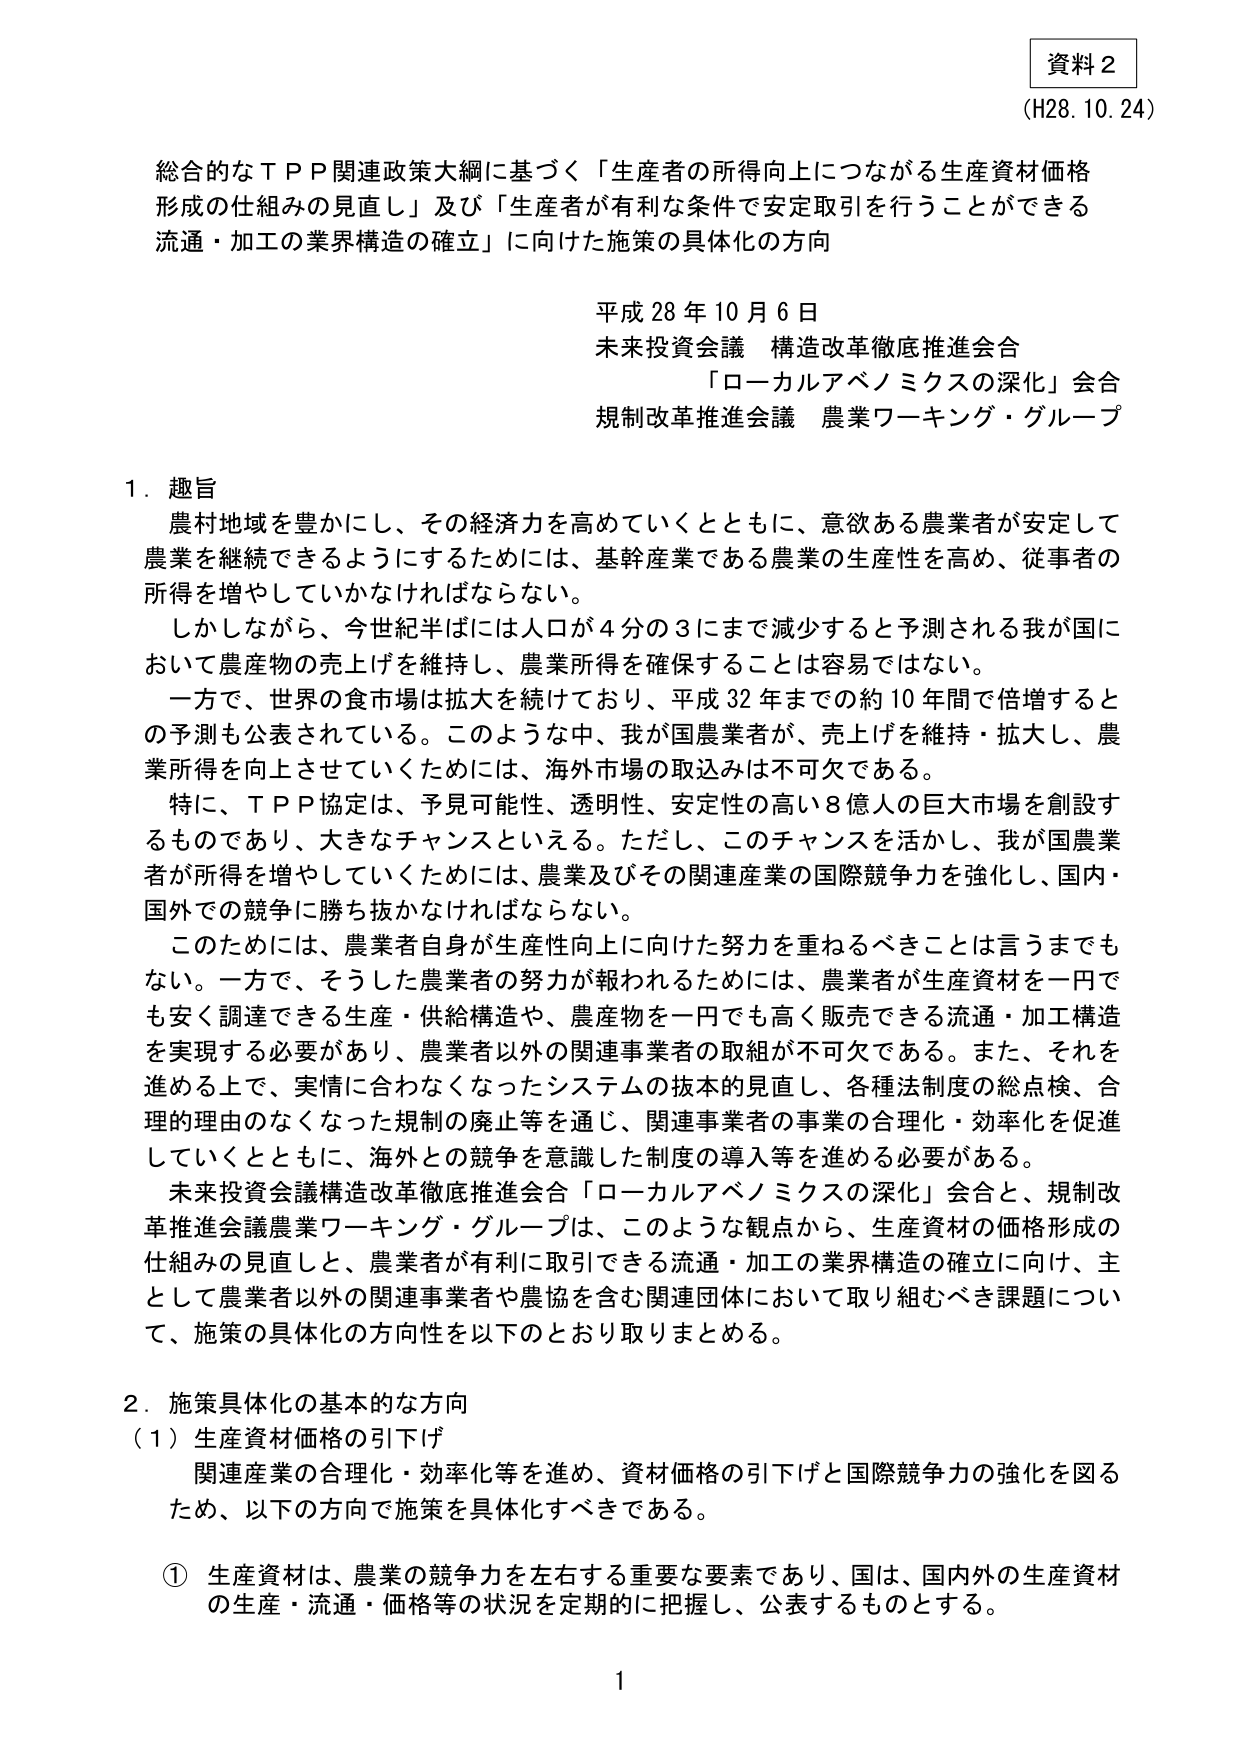
資料２
（H28.10.24）

総合的なＴＰＰ関連政策大綱に基づく「生産者の所得向上につながる生産資材価格形成の仕組みの見直し」及び「生産者が有利な条件で安定取引を行うことができる流通・加工の業界構造の確立」に向けた施策の具体化の方向

平成28年10月6日
未来投資会議 構造改革徹底推進会合
「ローカルアベノミクスの深化」会合
規制改革推進会議 農業ワーキング・グループ

１．趣旨
農村地域を豊かにし、その経済力を高めていくとともに、意欲ある農業者が安定して農業を継続できるようにするためには、基幹産業である農業の生産性を高め、従事者の所得を増やしていかなければならない。
しかしながら、今世紀半ばには人口が4分の3にまで減少すると予測される我が国において農産物の売上げを維持し、農業所得を確保することは容易ではない。
一方で、世界の食市場は拡大を続けており、平成32年までの約10年間で倍増するとの予測も公表されている。このような中、我が国農業者が、売上げを維持・拡大し、農業所得を向上させていくためには、海外市場の取込みは不可欠である。
特に、ＴＰＰ協定は、予見可能性、透明性、安定性の高い8億人の巨大市場を創設するものであり、大きなチャンスといえる。ただし、このチャンスを活かし、我が国農業者が所得を増やしていくためには、農業及びその関連産業の国際競争力を強化し、国内・国外での競争に勝ち抜かなければならない。
このためには、農業者自身が生産性向上に向けた努力を重ねるべきことは言うまでもない。一方で、そうした農業者の努力が報われるためには、農業者が生産資材を一円でも安く調達できる生産・供給構造や、農産物を一円でも高く販売できる流通・加工構造を実現する必要があり、農業者以外の関連事業者の取組が不可欠である。また、それを進める上で、実情に合わなくなったシステムの抜本的見直し、各種法制度の総点検、合理的理由のなくなった規制の廃止等を通じ、関連事業者の事業の合理化・効率化を促進していくとともに、海外との競争を意識した制度の導入等を進める必要がある。
未来投資会議構造改革徹底推進会合「ローカルアベノミクスの深化」会合と、規制改革推進会議農業ワーキング・グループは、このような観点から、生産資材の価格形成の仕組みの見直しと、農業者が有利に取引できる流通・加工の業界構造の確立に向け、主として農業者以外の関連事業者や農協を含む関連団体において取り組むべき課題について、施策の具体化の方向性を以下のとおり取りまとめる。

２．施策具体化の基本的な方向
（１）生産資材価格の引下げ
関連産業の合理化・効率化等を進め、資材価格の引下げと国際競争力の強化を図るため、以下の方針で施策を具体化すべきである。

① 生産資材は、農業の競争力を左右する重要な要素であり、国は、国内外の生産資材の生産・流通・価格等の状況を定期的に把握し、公表するものとする。

1